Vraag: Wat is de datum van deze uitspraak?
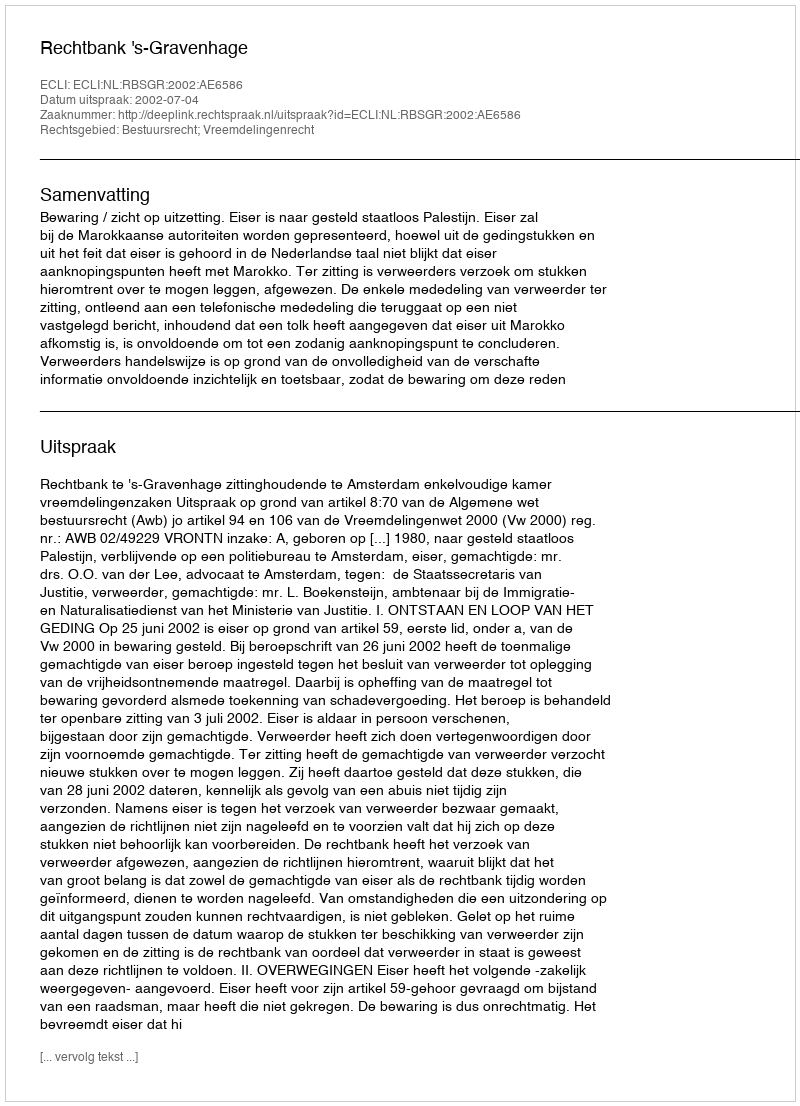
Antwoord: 2002-07-04